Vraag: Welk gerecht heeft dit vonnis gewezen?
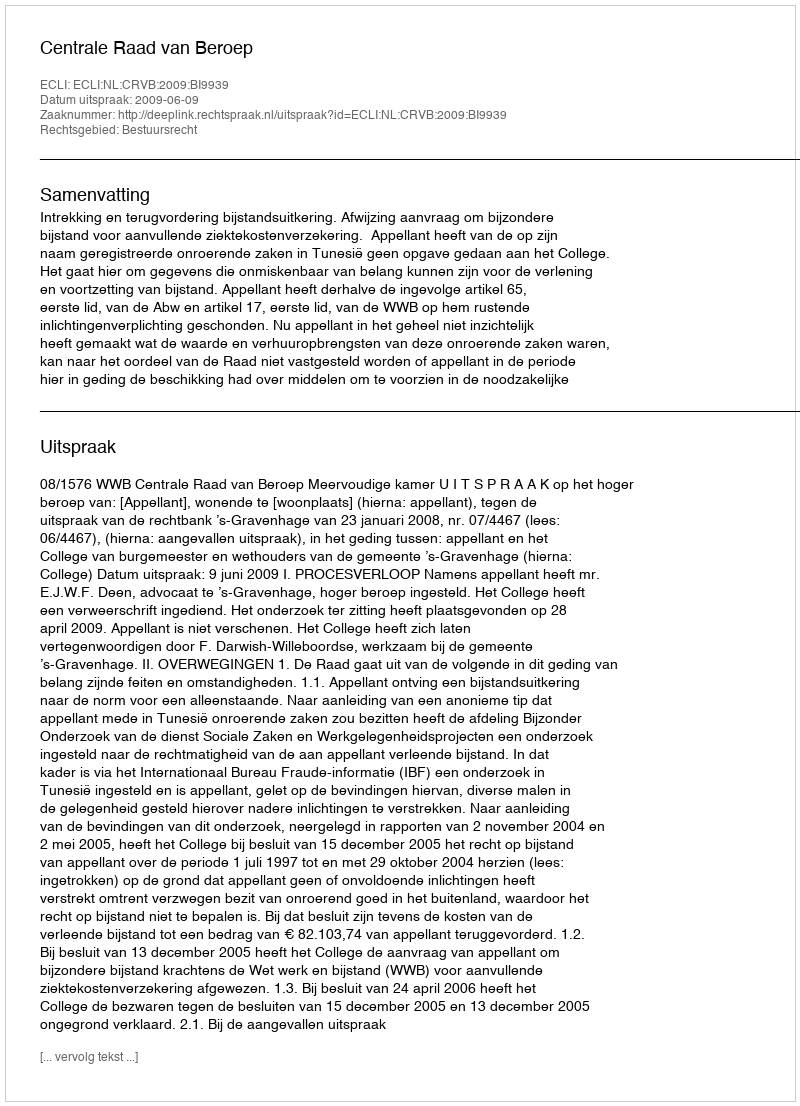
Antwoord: Centrale Raad van Beroep